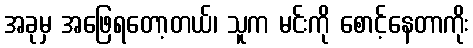
အခုမှ အဖြေရတော့တယ်၊ သူက မင်းကို စောင့်နေတာကိုး